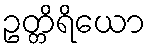
ဥတ္တိရိယော